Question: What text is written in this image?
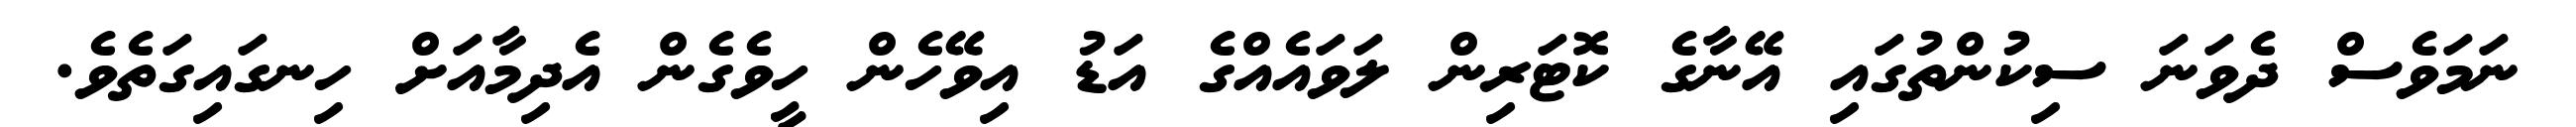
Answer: ނަމަވެސް ދެވަނަ ސިކުންތުގައި އޭނާގެ ކޮޓަރިން ލަވައެއްގެ އަޑު އިވޭހެން ހީވެގެން އެދިމާއަށް ހިނގައިގަތެވެ.